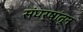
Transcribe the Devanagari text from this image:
संघर्षांतून